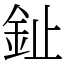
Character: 䤠